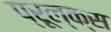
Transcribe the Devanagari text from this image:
प्रूल्क्स